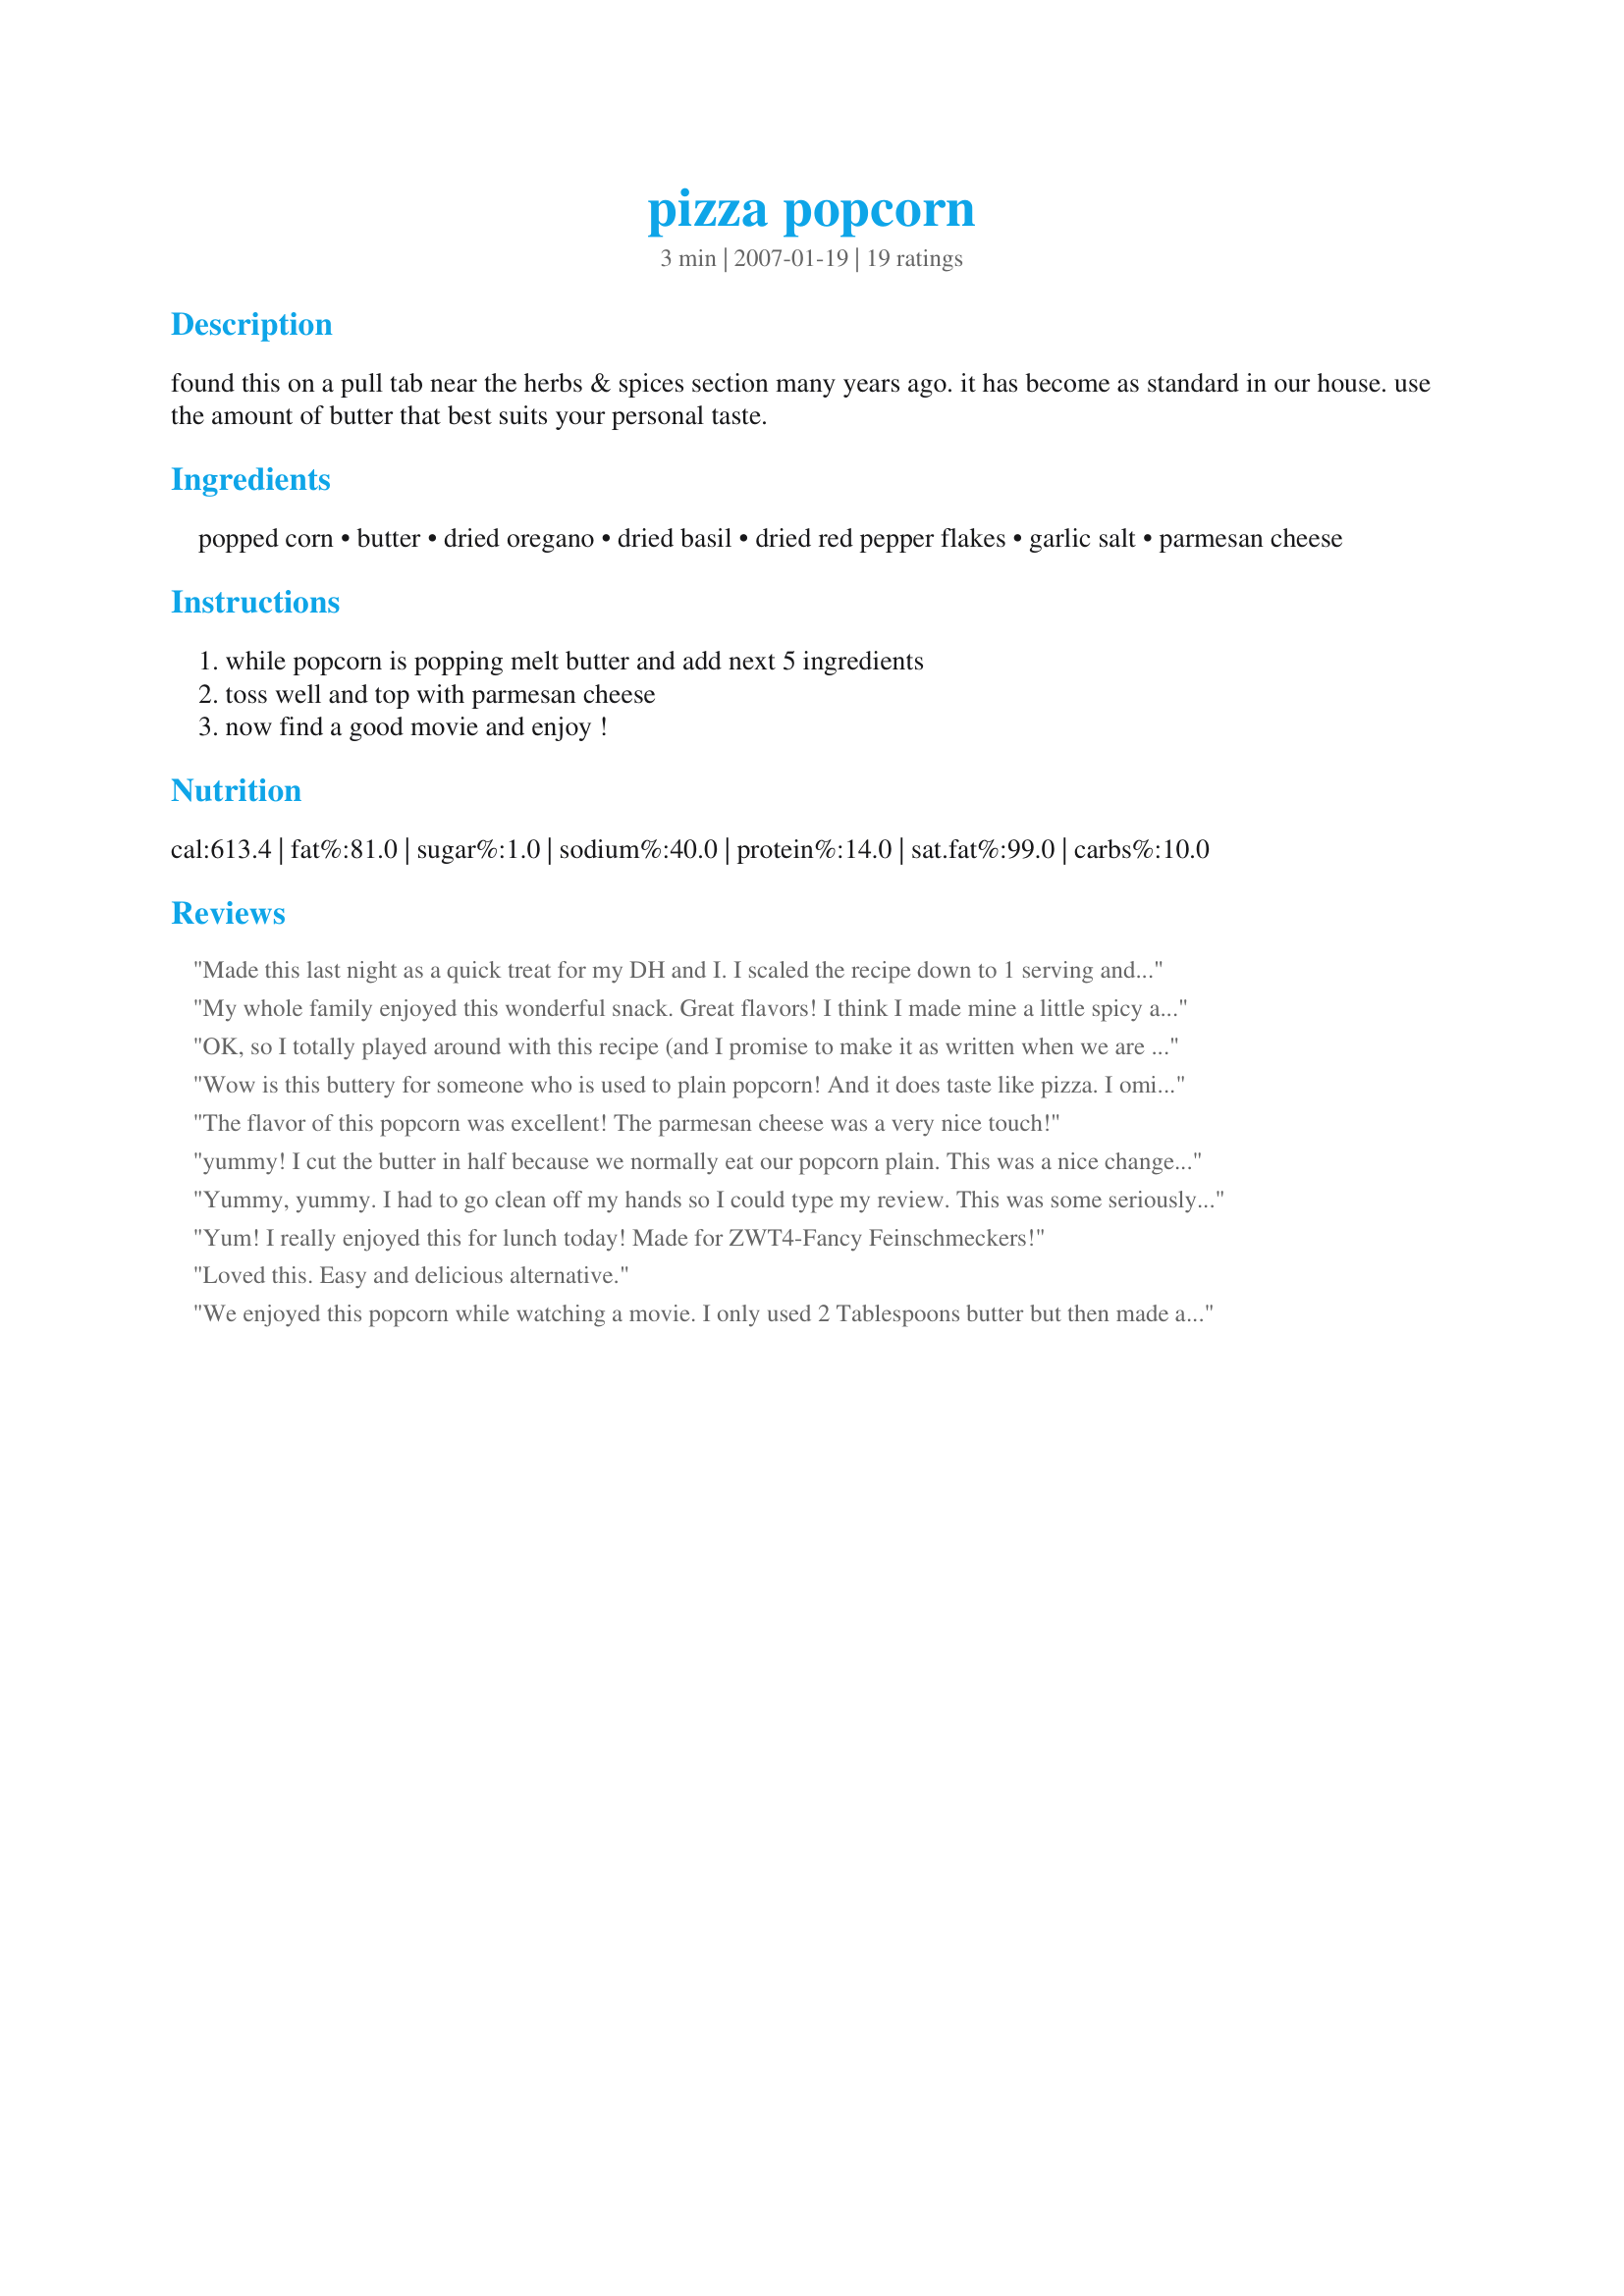
pizza popcorn
Preparation time: 3 minutes

found this on a pull tab near the herbs & spices section many years ago. it has become as standard in our house. use the amount of butter that best suits your personal taste.

Ingredients:
popped corn, butter, dried oregano, dried basil, dried red pepper flakes, garlic salt, parmesan cheese

Steps:
while popcorn is popping melt butter and add next 5 ingredients, toss well and top with parmesan cheese, now find a good movie and enjoy !

Reviews:
Made this last night as a quick treat for my DH and I. I scaled the recipe down to 1 serving and used the seasoning amounts listed with only 2T butter and about 1/2 cup of popcorn kernels and it worked out great! Although I would double the red pepper flakes next time - I like my pizza a little on the spicier side! DH said he could have eaten the entire thing! I really enjoyed that this is a super fast way to spice up popcorn using items that I already have on hand.
My whole family enjoyed this wonderful snack. Great flavors! I think I made mine a little spicy as I added 1/4 tsp of ground red pepper as I didn't have the flakes. But it was so good and didn't last long. My DH came home immediately grabbed a handful and said "what'd you put on this, it taste like pizza" ;) I'll keep this one handy as the boys said they will want me to make it again! Thumbs up Julie, thanks for sharing. ~V (Made for Quick Comfort Food Bevy Tag)
OK, so I totally played around with this recipe (and I promise to make it as written when we are off our diets). I started with 1 bag of fat free microwave butter flavored popcorn. I then dumped it in a bowl and squirted it with a bunch of butter spray. Then I added about 1 tsp Italian Seasoning, the red pepper flakes, garlic powder (since the popcorn already had salt) and a good sprinkling of parm cheese. I loved it. . .and I am not one who is willing to mess with my dearest popcorn! THANKS!!! Made for Aus/NZ recipe swap June 2009
Wow is this buttery for someone who is used to plain popcorn! And it does taste like pizza. I omitted the salt and used 4 times the red pepper flakes (I wouldn't say that made it spicy, but kids might think so). This is a nice change for a snack.
The flavor of this popcorn was excellent! The parmesan cheese was a very nice touch!
yummy! I cut the butter in half because we normally eat our popcorn plain. This was a nice change from the usual. Thanks for posting Julie B's Hive!
Yummy, yummy. I had to go clean off my hands so I could type my review. This was some seriously tasty popcorn and I know I will be making this again. Made for ZWT4.
Yum! I really enjoyed this for lunch today! Made for ZWT4-Fancy Feinschmeckers!
Loved this. Easy and delicious alternative.
We enjoyed this popcorn while watching a movie. I only used 2 Tablespoons butter but then made as directed. Very Good. Made for Aussie Swap #41.
Got the kids the Alvin and the Chipmunks movie, had them invite some friends, and made them this on the weekend. This got buttery thumbs up from all the kids!
This was a nice change from our regular popcorn. I noticed I couldn't eat as much as I normally would. I think the flavors were a little too intense for me. Thanks for posting the recipe.
This is really good stuff! Easy, and very addictive. Thanks for sharing!
We enjoyed the uniqueness of this novelty recipe. It's nice and buttery and definitely has the flavor of Italy as well. The Parmesan cheese was really delectable on the popcorn. :)
Excellent flavor, not too overwhelming. In our house, we don't eat 3 quarts of popcorn at a time...I microwave a bag and it lasts a couple of days. So, I softened the butter to room temp and mixed in all the seasonings. Then I melted about one heaping teaspoon in the microwave and tossed it with about two cups of popped corn. The rest of the seasoned butter can be stored in the fridge until next time I want popcorn. Note...make sure you soften only, don't melt the butter if you want to do this. If you do, the spices will separate out, instead of staying blended.
My kids loved this one - will become a new fav for when they don't want plain ole popcorn! Easy and really nice amount of flavor! Thank you for posting, Julie!! **Made for January Beverage Tag 2008**
Made this tonight for my son's birthday party tomorrow. It is so good! My son told me to make sure that I keep this recipe.
DH ate this in one sitting and I wasn't half way through with my own ( a different one). He gave this guilty look and said it tasted like pizza. Thanks for letting us try this! Made and reviewed for ZWT4 KKK.
My family totally flipped for this popcorn. UMMMMMM! I used about 1/4 C butter and still had some left over for tomorrow night. I will reduce the garlic salt next time but that is just personal preference. Absolutely awesome and we think you are marvelous for sharing this Julie B. If I gain any weight, I am blaming you! Thx a bunch!
